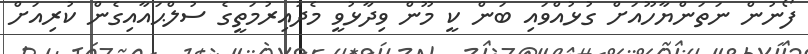
ފޯނުން ނަތަންޔާހޫއަށް ގުޅުއްވައި ބަން ކީ މޫން ވިދާޅުވީ މެދުއިރުމަތީގެ ސުލްޙައާއިގެން ކުރިއަށް